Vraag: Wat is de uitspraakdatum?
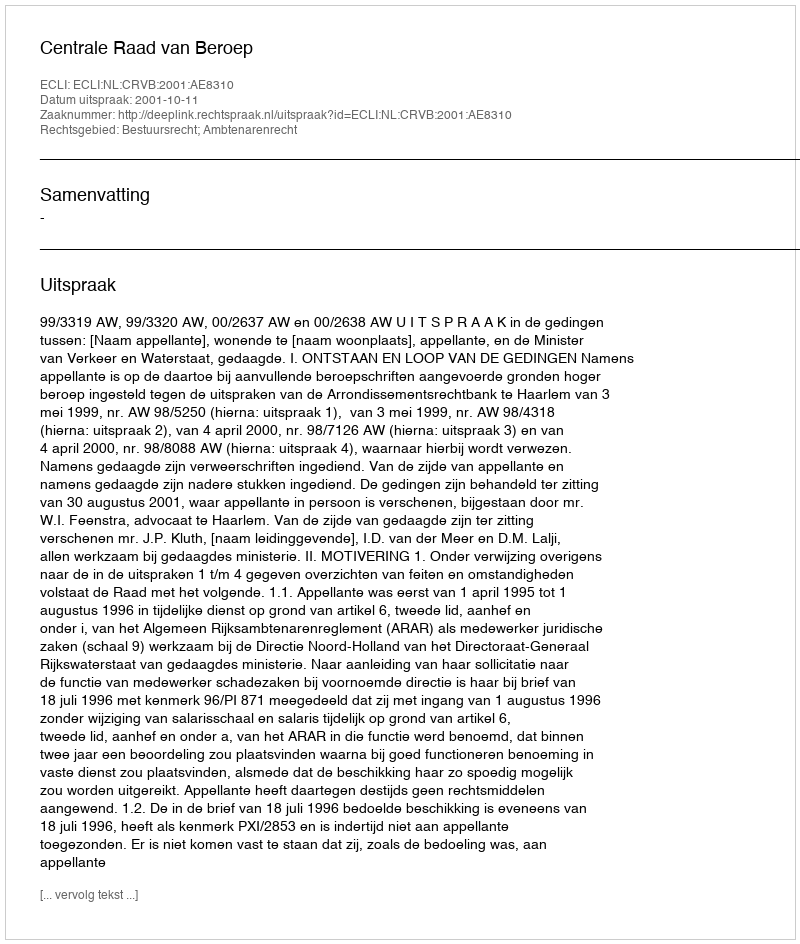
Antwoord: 2001-10-11